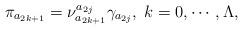
LaTeX: \begin{align*}\pi _{a_{2k+1}}=\nu _{a_{2k+1}}^{a_{2j}}\gamma _{a_{2j}},\;k=0,\cdots,\Lambda , \end{align*}